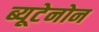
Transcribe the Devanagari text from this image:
ब्यूटेनोन